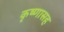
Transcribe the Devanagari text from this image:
कृष्णासह